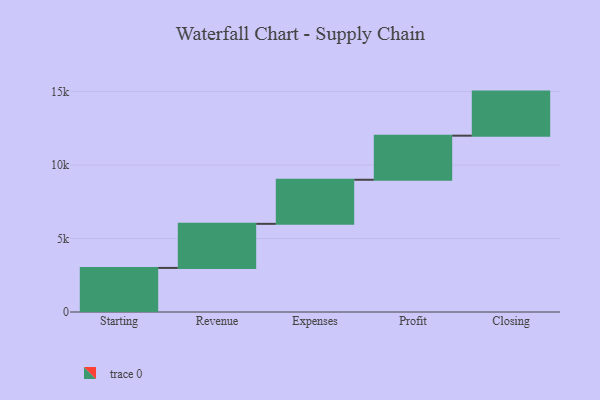
{"axis": {"x": "Step", "y": "Value"}, "legend": [""], "data": [{"x": "Starting", "y": 3000, "type": ""}, {"x": "Revenue", "y": 3000, "type": ""}, {"x": "Expenses", "y": 3000, "type": ""}, {"x": "Profit", "y": 3000, "type": ""}, {"x": "Closing", "y": 3000, "type": ""}]}